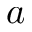
a